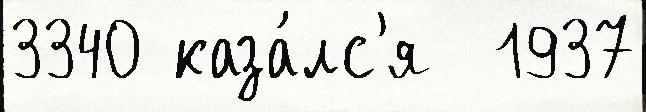
3340 каза́лс'я  1937